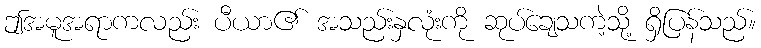
ဤအမူအရာကလည်း ပီယာ၏ အသည်းနှလုံးကို ဆုပ်ချေသကဲ့သို့ ရှိပြန်သည်။